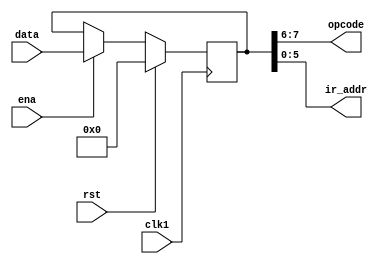
module register(opcode,ir_addr,data,ena,clk1,rst);
output[1:0] opcode;
output[5:0] ir_addr;
reg [7:0] opc_iraddr;
input [7:0] data;
input ena, clk1, rst;

always @(posedge clk1) begin
	if(rst)
		opc_iraddr<=8'b00_0000;
	else if(ena)		
		opc_iraddr[7:0]<=data;
end

assign opcode=opc_iraddr[7:6];
assign ir_addr=opc_iraddr[5:0];

endmodule